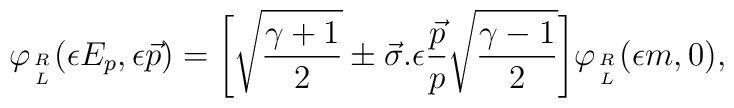
\varphi_{R\atop  L}(\epsilon E_p, \epsilon  \vec{p})=\Bigg[\sqrt{\frac{\gamma+1}{2}}\pm    \vec{\sigma}.\epsilon       \frac{\vec{p}}{p}\sqrt{\frac{\gamma-1}{2}}\Bigg]\varphi_{R\atop L}(\epsilon m, 0),\vspace{0.5in}